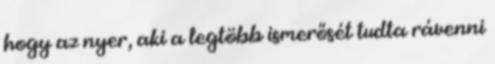
hogy az nyer, aki a legtöbb ismerősét tudta rávenni